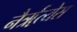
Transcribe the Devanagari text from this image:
नैर्ॠत्येस